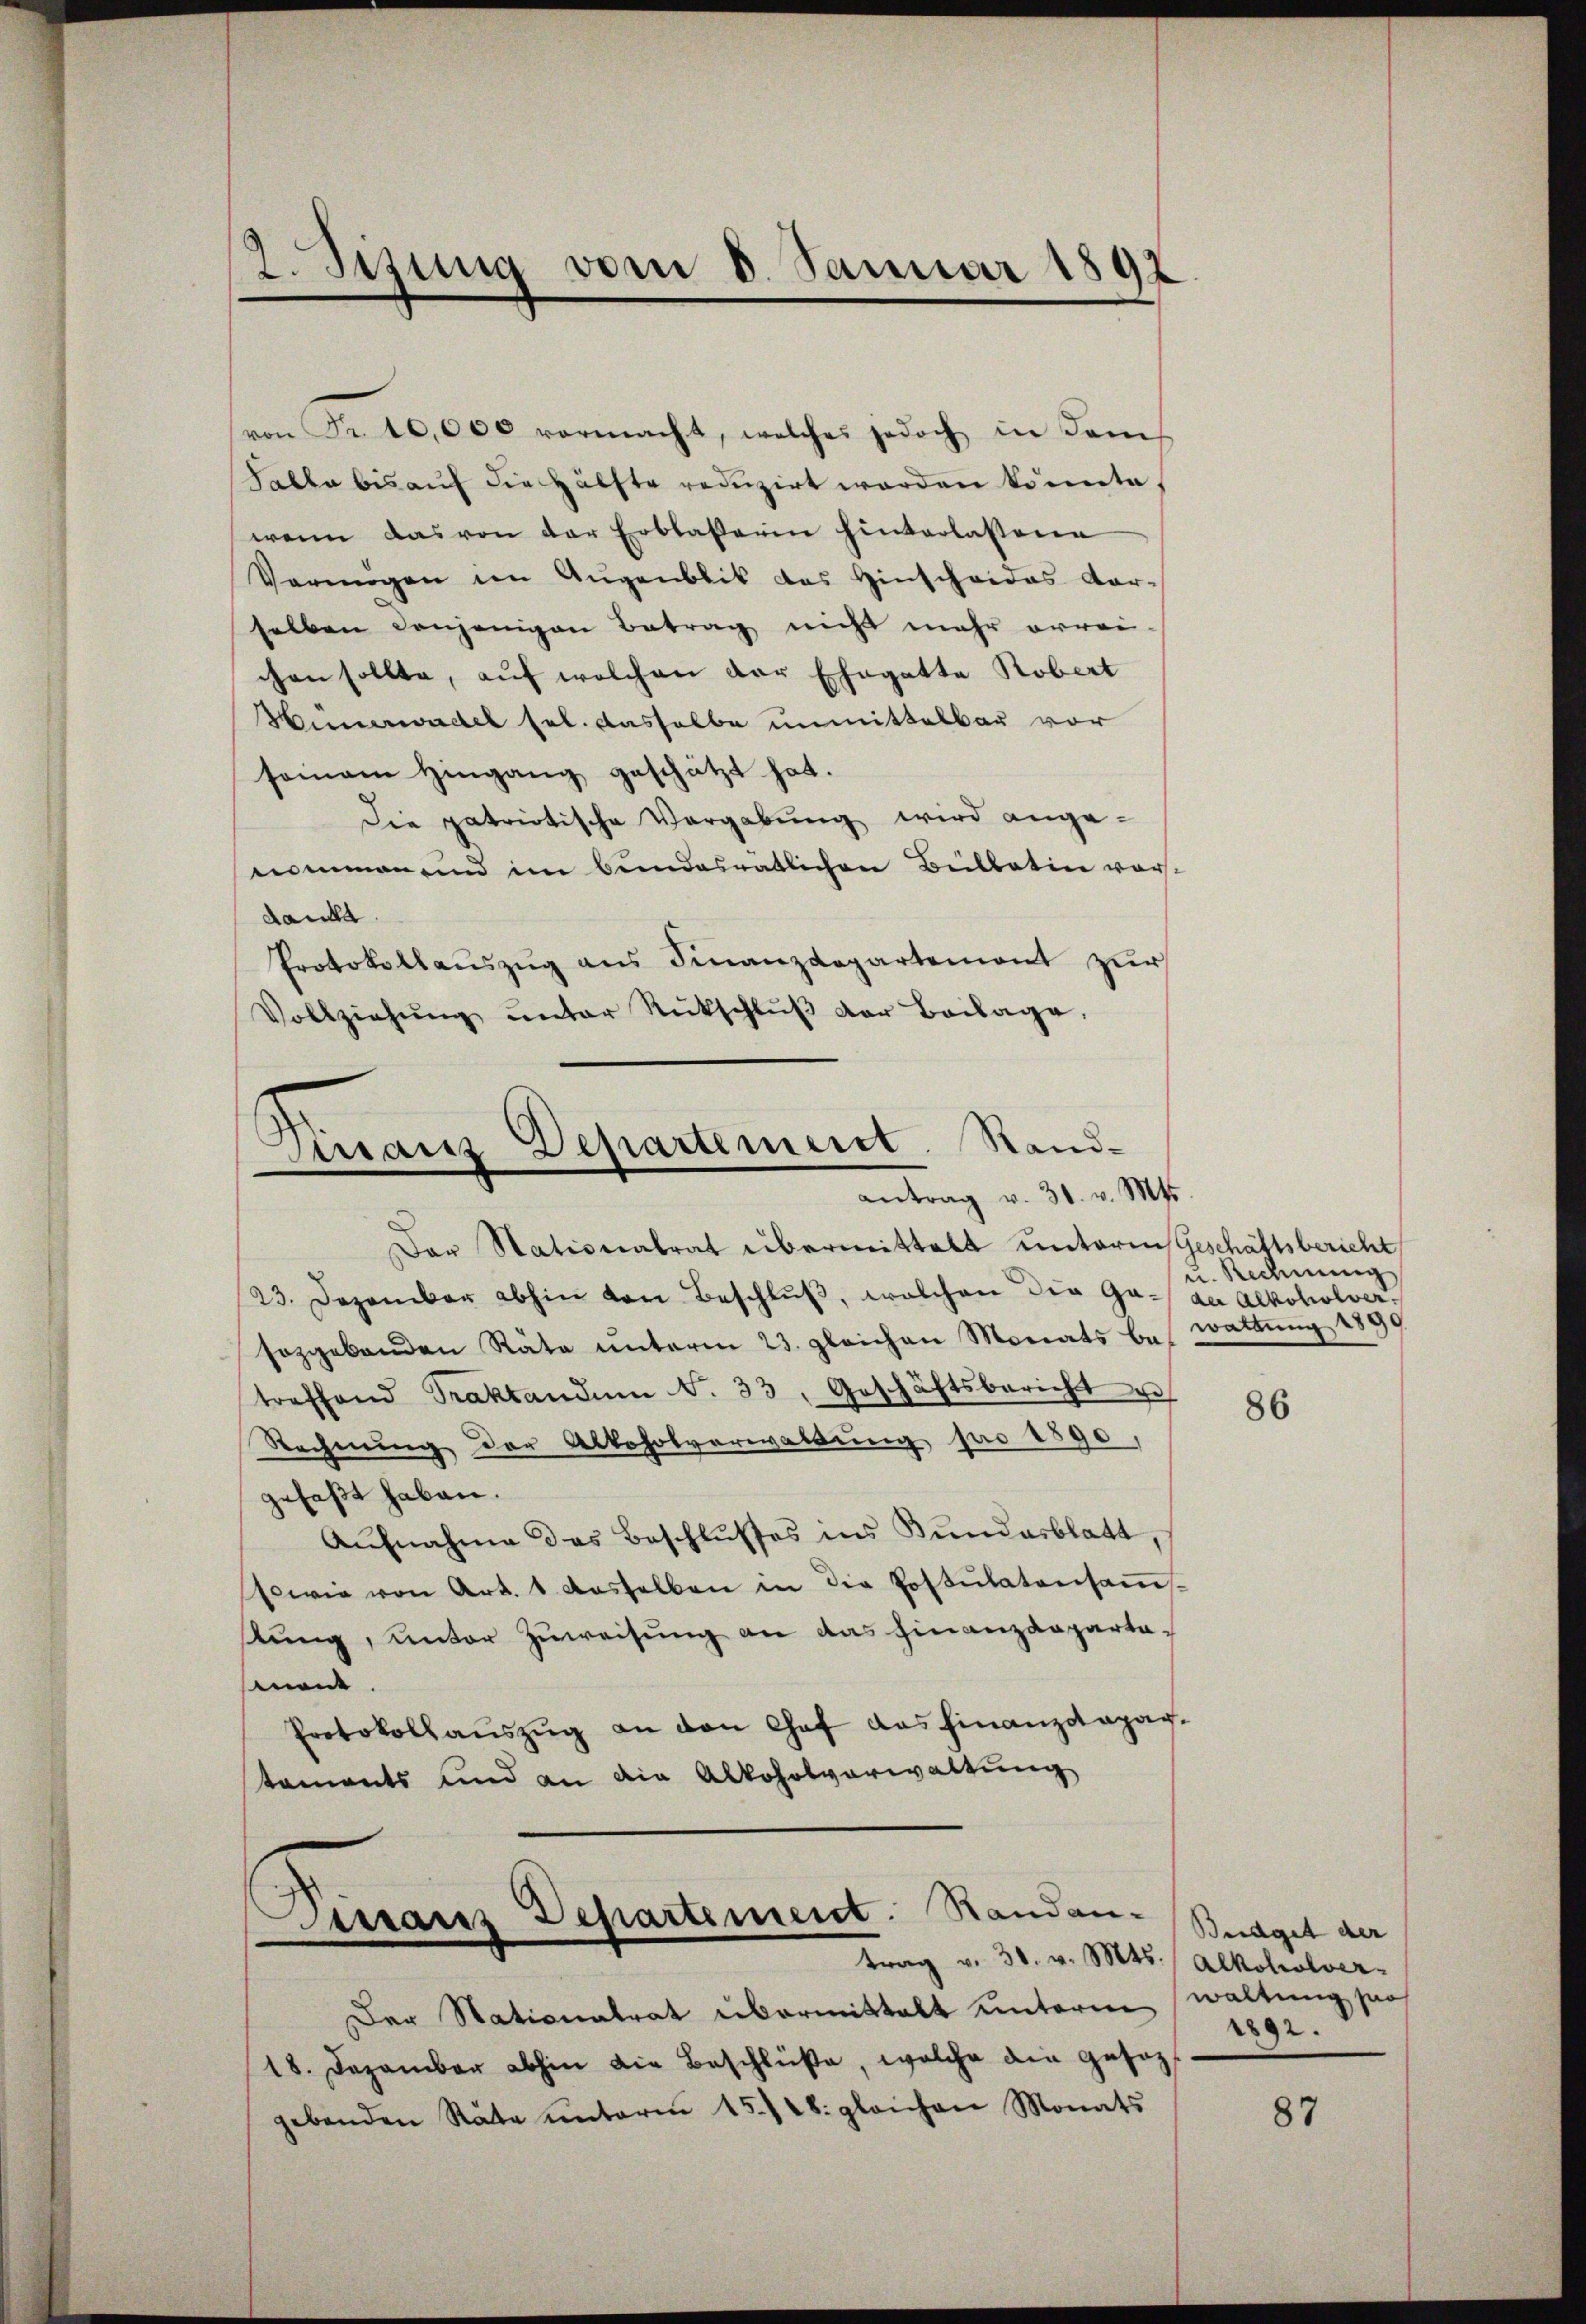
von Fr. 10,000 vormacht, welches jedoch in dem
Salle bis auf die Hälfte reduzirt worden könnte,
wenn das von der Erblaserin hinterlassene
Vermigen im Augenblik das Hinscheides Aar-
selben denjenigen Betrag nicht mehr errei-
chen sollte, auf welchen der Ehegatte Robert
Hünerwadel sel. Dasselbe unmittelbar vor
seinem Hingang geschätzt hat.
Die patriotische Vergabung wird ange-
eamman sind im bundesratlichen Bullatin vor-
dankt.
Protokollauszug aus Finanzdepartement zur
Vollziehŭng ŭnter Rückschlŭβ der Beilage,

2. Sizung vom 8. Januar 1892

Firranz Departemeist. Sandantrag v. 31. v. Mts.

Der Stationalrat übermittelt unterm Geschäftsbericht
23. Dezember abhin von Beschlŭβ, welchen die Ga- an Alkoholversozgebenden Räte ŭnterm 23. gleichen Monats be- Wattŭng 1899
treffend Traktandem N. 33. Geschäftsbericht u
Rechnung der Alkoholverwaltung pro 1890
gefaßt haben.
Aufnahme das Beschlusses ins Kundesblatt,
sowie von Art. 1 dasselben in die Postulatensaṁ-
stung, unter Zuweisung an das Finanzdepartameit
Protokollaŭszŭg an den Chef das Finanzotapag.
taments und an die Alkoholverwaltung
Tirranz Departement. Standantrag v. 30. v. Mts. / Alkoholver-
Der Stationalrat übermittalt unterm waltung so
18. Dezember abhin die Beschlüße, welche die gesezgebenden Räte ŭnterm 15./28. gleichen Monats

u. Rechnung

86

Büdget der
2892.

87